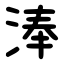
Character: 淎